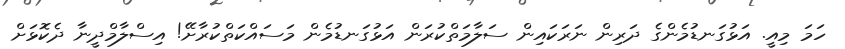
ހަމަ މިއީ. އަޅުގަނޑުމެންގެ ދަރިން ނަރަކައިން ސަލާމަތްކުރަން އަޅުގަނޑުމެން މަސައްކަތްކުރާށޭ! އިސްލާމްދީނާ ދެކޮޅަށް